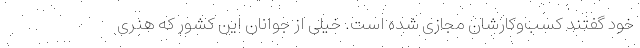
خود گفتند کسب‌وکارشان مجازی شده است. خیلی از جوانان این کشور که هنری